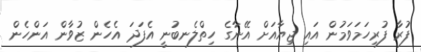
ފުރާ ފުރިހަމަވަމުން އައި ޖިޔާއަށް އޭނާގެ ހިތްލެނބުނީ އެފަދަ އެހެން ޒުވާން އަންހެން